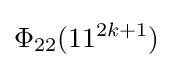
\Phi _{22}(11^{2k+1})